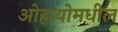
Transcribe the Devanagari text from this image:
ओहायोमधील